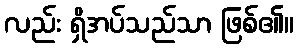
လည်း ရှိအပ်သည်သာ ဖြစ်၏။